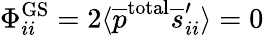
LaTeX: \Phi_{ii}^{\mathrm{GS}}=2\langle\overline{{p}}^{\mathrm{total}}\overline{{s}}_{ii}^{\prime}\rangle=0